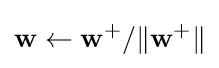
\mathbf {w} \leftarrow \mathbf {w} ^{+}/\|\mathbf {w} ^{+}\|